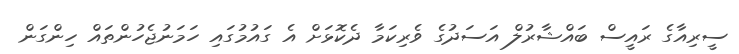
ސީރިއާގެ ރައީސް ބައްޝާރުލް އަސަދުގެ ވެރިކަމާ ދެކޮޅަށް އެ ގައުމުގައި ހަމަނުޖެހުންތައް ހިންގަން